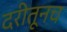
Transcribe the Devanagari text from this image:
दरीतूनच